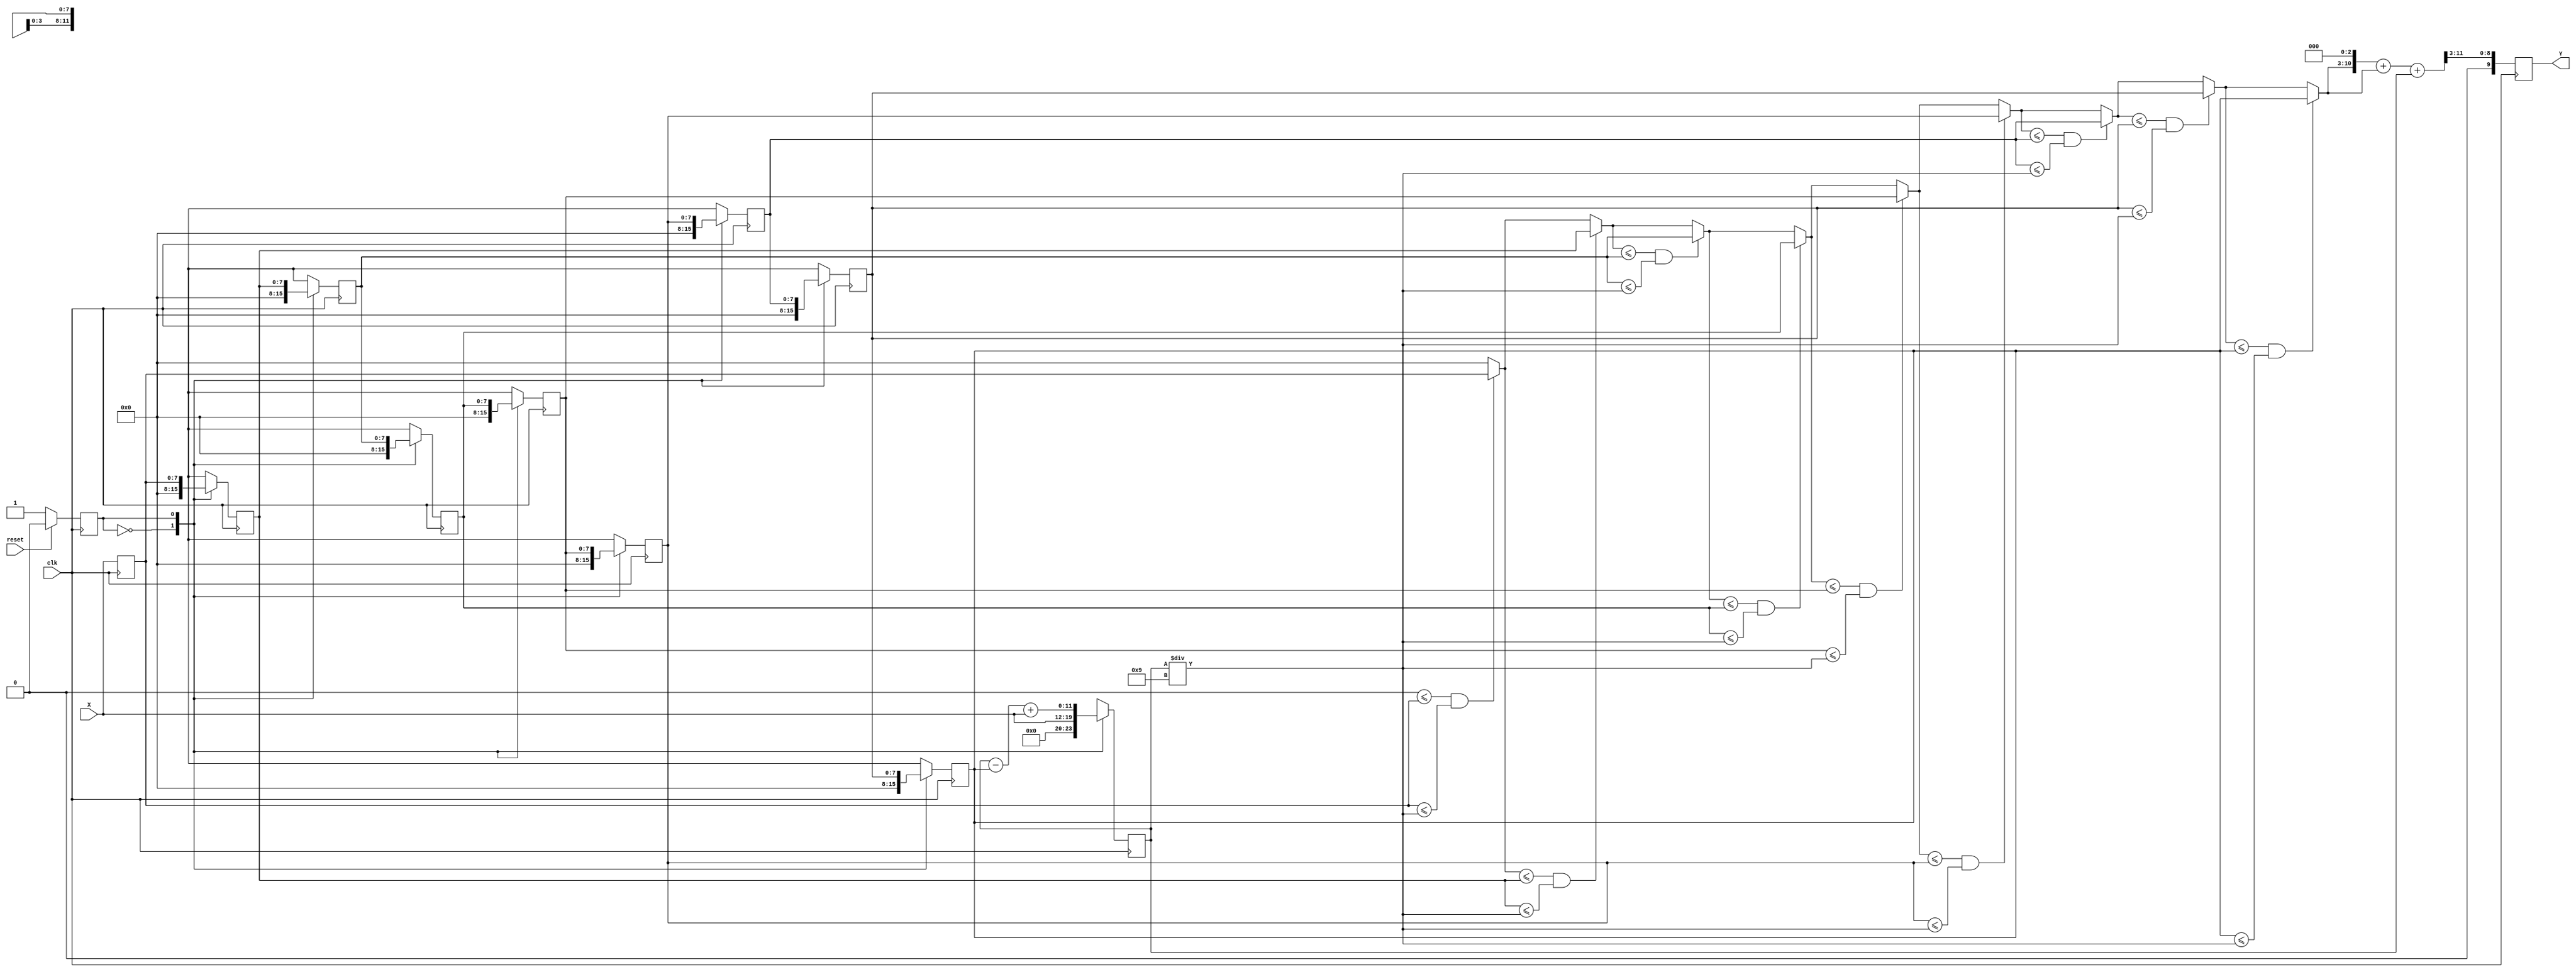
`timescale 1ns/10ps
/*
 * IC Contest Computational System (CS)
*/
module CS(Y, X, reset, clk);
input clk, reset; 
input [7:0] X;
output reg [9:0] Y;


reg [7:0] data [8:0];
reg [11:0] sum ;
reg [7:0] Xappr;

reg state , next_state;
parameter    Idle = 1'd0,
          Calculate = 1'd1;
integer i ;

always@(*)begin  // next state logic
   next_state = state ;
   case(state)
         Idle : begin   // Reset
                next_state = Calculate;
                end
   endcase
end

always@(posedge clk)begin   // FSM
   if(reset)
      state <= Idle;
   else
      state <= next_state;
end

always@(posedge clk)begin
   data[0] <= X;  // read data
   case(state)
            Idle : begin  // Reset
                      sum <= X; 
                      for ( i = 1 ; i < 9 ; i = i + 1)
                          data[i] <= 0;
                   end
       Calculate : begin     
                      sum <=  sum - data[8] + X;                
                      for ( i = 0 ; i < 8 ; i = i + 1)// shift
                          data[i+1] <= data [i];                    
                   end                 
   endcase
end

always@(*)begin  // output logic  
  Xappr = 0;
     for ( i = 0 ; i < 9 ; i = i + 1)
        if(  Xappr <= data[i] & data[i] <= (sum/9))
               Xappr = data[i];  
end  

always@(negedge clk )begin  // output logic ( hold time  set time)
   Y <= ((Xappr << 3) + Xappr  + sum) >> 3 ;  // Y =  (Xappr * 9 + sum ) / 8 
end

// compile        time: 10   area: 13647.096026
// Compile_ultra  time: 10   area: 11632.282215
  
endmodule